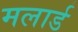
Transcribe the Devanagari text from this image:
मलार्ड